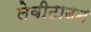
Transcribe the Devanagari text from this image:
लेवीटाउन